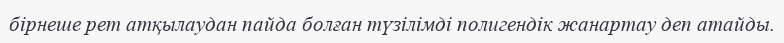
бірнеше рет атқылаудан пайда болған түзілімді полигендік жанартау деп атайды.